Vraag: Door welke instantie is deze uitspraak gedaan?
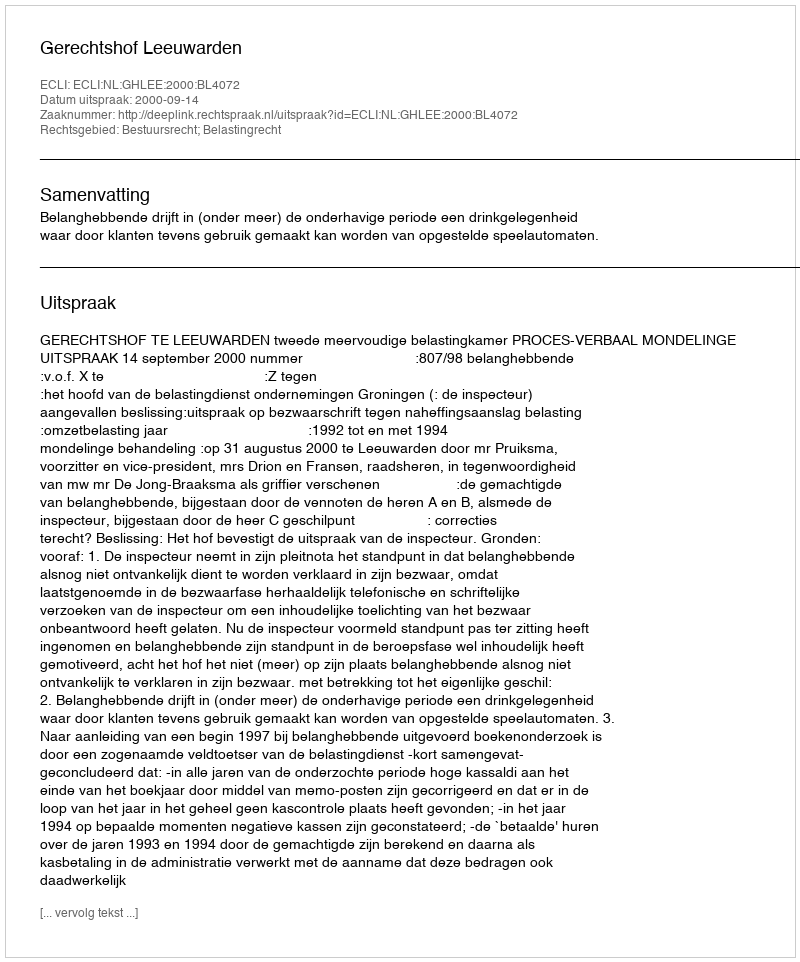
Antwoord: Gerechtshof Leeuwarden